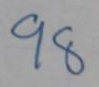
98